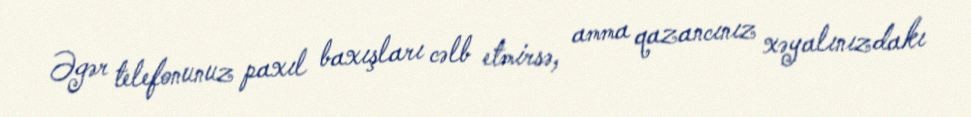
Əgər telefonunuz paxıl baxışları cəlb etmirsə, amma qazancınız xəyalınızdakı